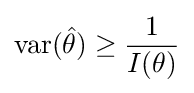
\operatorname {var} ({\hat {\theta }})\geq {\frac {1}{I(\theta )}}